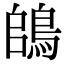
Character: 鴭